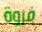
فروة